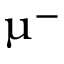
\upmu ^ { - }